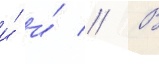
и́ и́ // В